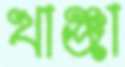
খাঞ্জা